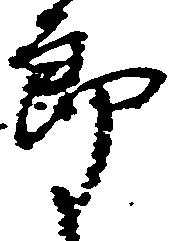
郎